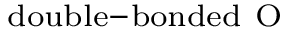
_ { \mathrm { d o u b l e - b o n d e d \ O } }